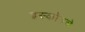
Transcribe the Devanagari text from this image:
इस्कॉनचे